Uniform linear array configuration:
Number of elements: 4
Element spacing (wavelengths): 1
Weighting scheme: hann
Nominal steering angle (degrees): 15
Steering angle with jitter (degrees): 15.308
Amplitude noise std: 0.05
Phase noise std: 0.05

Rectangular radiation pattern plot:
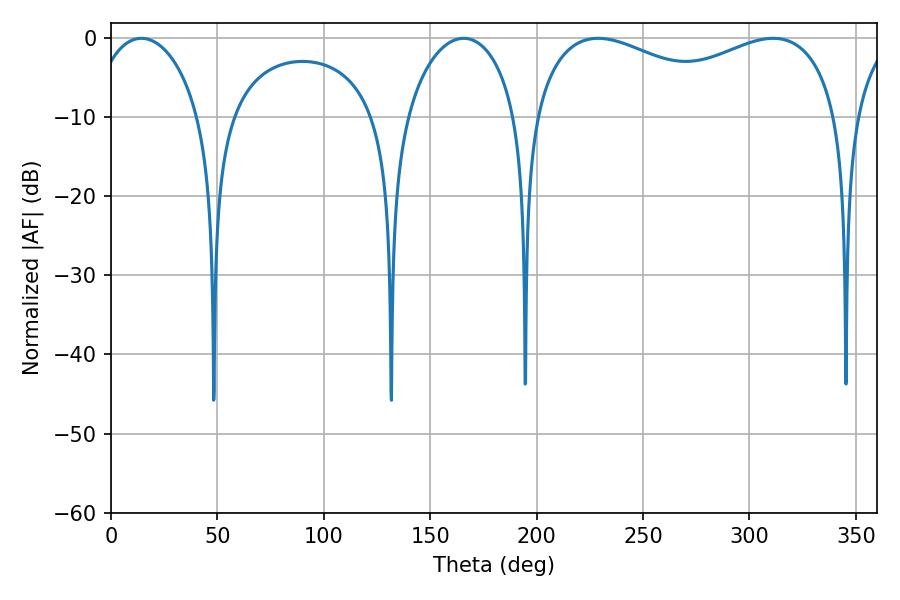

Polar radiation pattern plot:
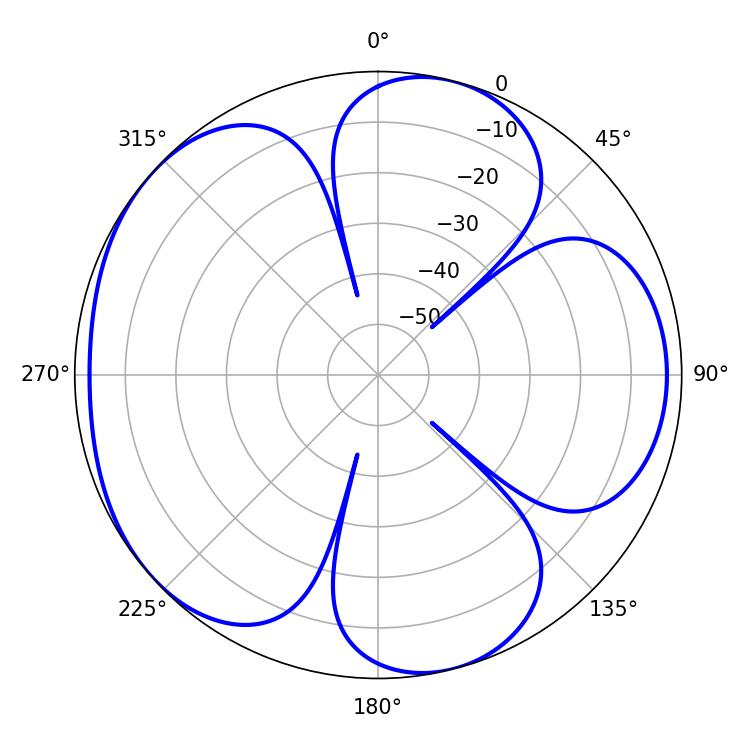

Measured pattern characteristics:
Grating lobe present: TRUE
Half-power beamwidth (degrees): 119.52
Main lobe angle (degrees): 228.96